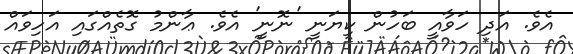
އެވެ. އަދި ހަވާއީ ބަހުން ކިޔަނީ 'ނޮނީ' އެވެ. ޢާންމު ގޮތެއްގައި އަހިވައް